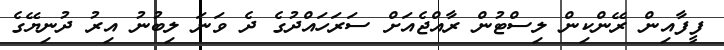
ފީފާއިން ރޭންކިން ލިސްޓުން ރާއްޖެއަށް ސަރަހައްދުގެ ދެ ވަނަ ލިބުނު އިރު ދުނިޔޭގެ